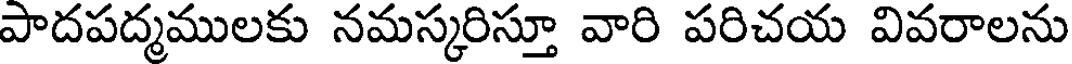
పాదపద్మములకు నమస్కరిస్తూ వారి పరిచయ వివరాలను